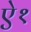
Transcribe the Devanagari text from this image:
ऐ१